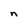
Character: n